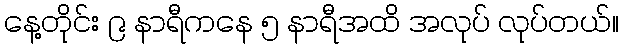
နေ့တိုင်း ၉ နာရီကနေ ၅ နာရီအထိ အလုပ် လုပ်တယ်။